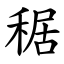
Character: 䅕